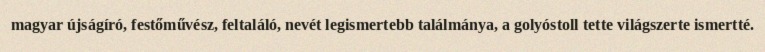
magyar újságíró, festőművész, feltaláló, nevét legismertebb találmánya, a golyóstoll tette világszerte ismertté.